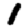
Digit: 1